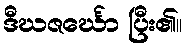
ဒီဃဇင်္ဃော ပြီး၏။